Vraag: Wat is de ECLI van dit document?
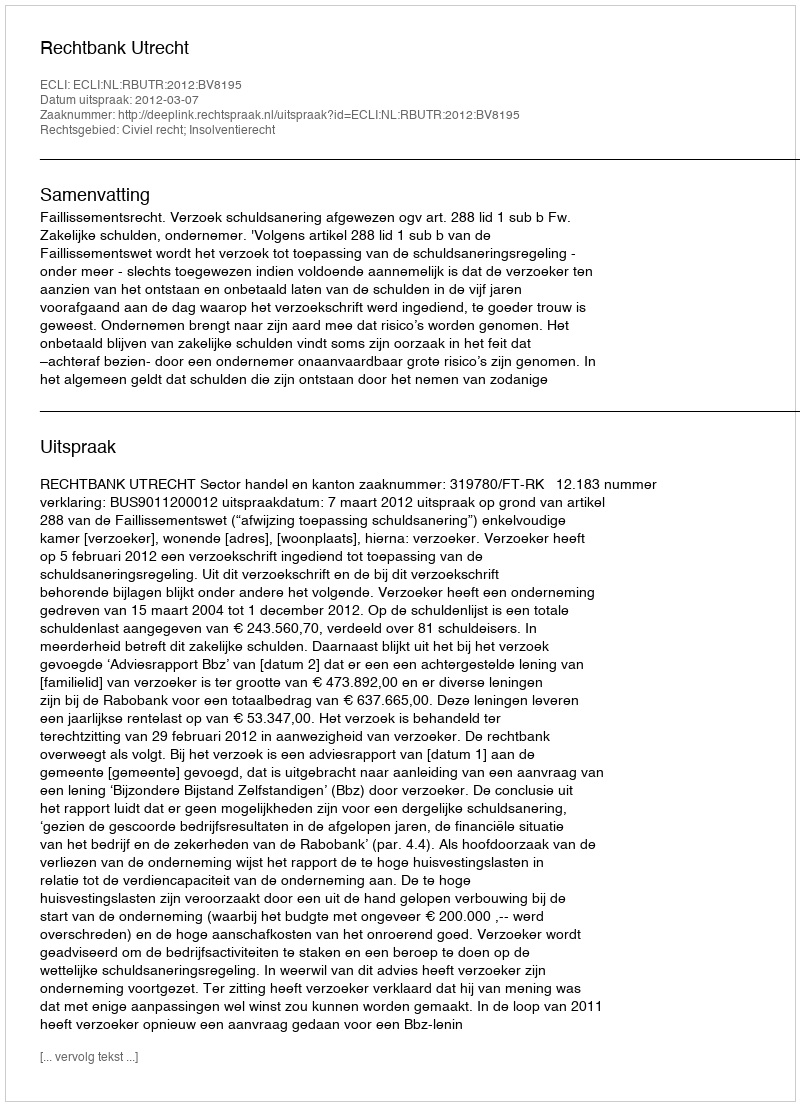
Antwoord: ECLI:NL:RBUTR:2012:BV8195